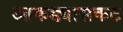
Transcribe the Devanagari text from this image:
आकड्यासकट